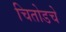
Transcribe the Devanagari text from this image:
चितोडचे